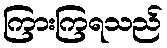
ကြားကြရသည်